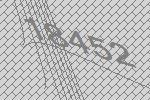
18452